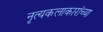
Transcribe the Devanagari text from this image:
नृत्यकलाकारांच्या